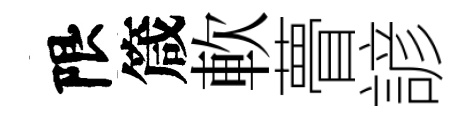
限箴軟瞢諺